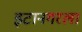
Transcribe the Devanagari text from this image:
इटानगरला